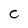
Character: C